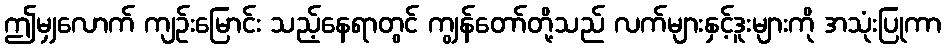
ဤမျှလောက် ကျဉ်းမြောင်း သည့်နေရာတွင် ကျွန်တော်တို့သည် လက်များနှင့်ဒူးများကို အသုံးပြုကာ